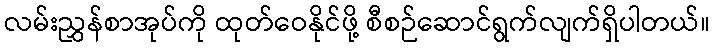
လမ်းညွှန်စာအုပ်ကို ထုတ်ဝေနိုင်ဖို့ စီစဉ်ဆောင်ရွက်လျက်ရှိပါတယ်။